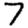
Digit: 7